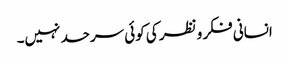
انسانی فکر و نظر کی کوئی سرحد نہیں۔